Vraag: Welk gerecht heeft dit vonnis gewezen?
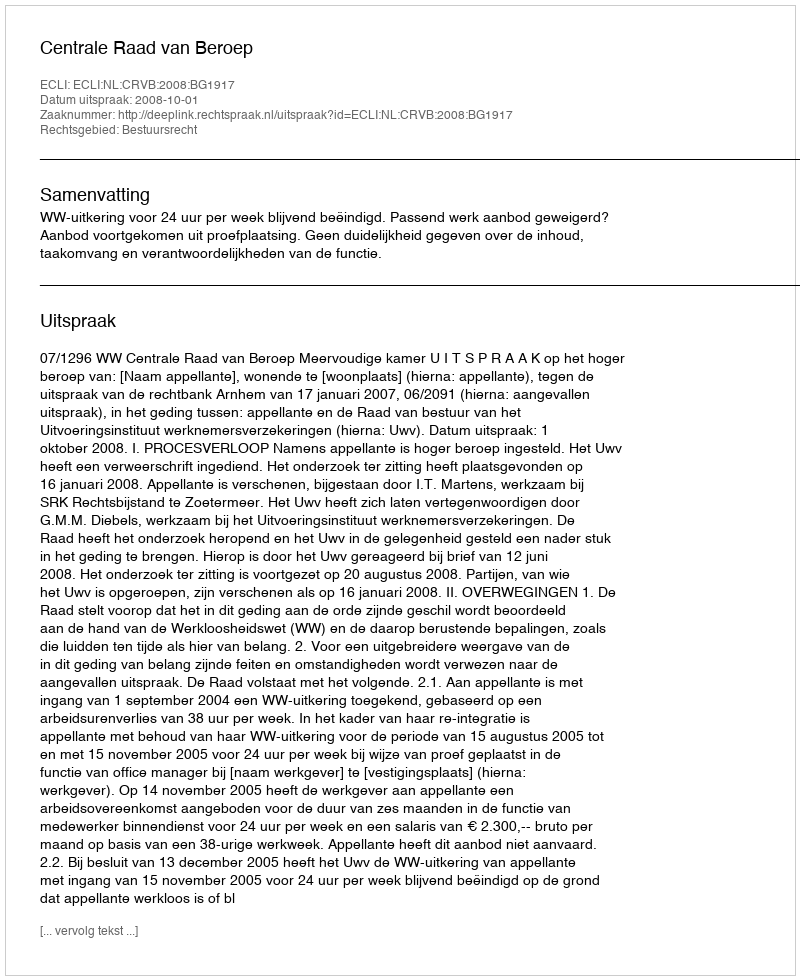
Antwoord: Centrale Raad van Beroep